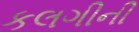
કલગીની